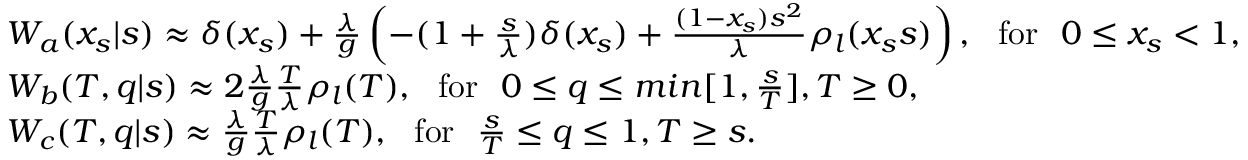
\begin{array} { r l r } & { { \cal W } _ { a } ( x _ { s } | s ) \approx \delta ( x _ { s } ) + \frac { \lambda } { g } \left( - ( 1 + \frac { s } { \lambda } ) \delta ( x _ { s } ) + \frac { ( 1 - x _ { s } ) s ^ { 2 } } { \lambda } \rho _ { l } ( x _ { s } s ) \right) , \ \ \mathrm { f o r } \ \ 0 \le x _ { s } < 1 , } & \\ & { { \cal W } _ { b } ( T , q | s ) \approx 2 \frac { \lambda } { g } \frac { T } { \lambda } \rho _ { l } ( T ) , \ \ \mathrm { f o r } \ \ 0 \le q \le m i n [ 1 , \frac { s } { T } ] , T \ge 0 , } & \\ & { { \cal W } _ { c } ( T , q | s ) \approx \frac { \lambda } { g } \frac { T } { \lambda } \rho _ { l } ( T ) , \ \ \mathrm { f o r } \ \ \frac { s } { T } \le q \le 1 , T \ge s . } & \end{array}